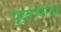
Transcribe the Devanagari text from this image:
पुर्वाषाढा